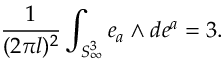
\frac { 1 } { ( 2 \pi l ) ^ { 2 } } \int _ { S _ { \infty } ^ { 3 } } e _ { a } { \mathrm { \tiny ~ \wedge ~ } } d e ^ { a } = 3 .